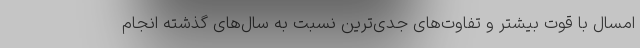
امسال با قوت بیشتر و تفاوت‌های جدی‌ترین نسبت به سال‌های گذشته انجام